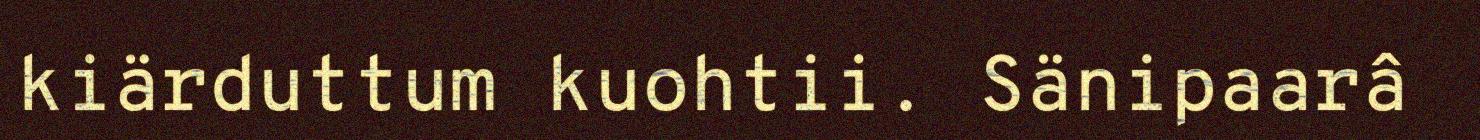
kiärduttum kuohtii. Sänipaarâ